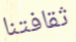
ثقافتنا